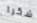
شكرا